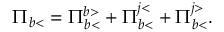
\Pi _ { b < } = \Pi _ { b < } ^ { b > } + \Pi _ { b < } ^ { j < } + \Pi _ { b < } ^ { j > } .